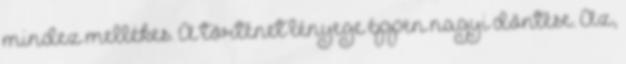
mindez mellékes. A történet lényege éppen nagyi döntése. Az,